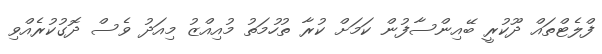
ފްލެޓްތައް ދޫކުރީ ބޭއިންސާފުން ކަމަށް ކުރާ ތުހުމަތު މުއިއްޒު މިއަދު ވެސް ދޮގުކުރެއްވި